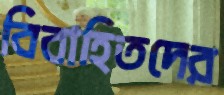
বিবাহিতদের